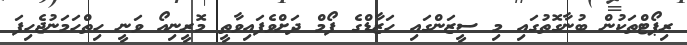
ރިޕޯޓްތަކުން ބުނާގޮތުގައި މި ސީޒަންގައި ހަޒާޑްގެ ފޯމް ދަށްވެފައިވާތީ މޮރީނިއޯ ވަނީ ހިތްހަމަނުޖެހިފަ